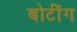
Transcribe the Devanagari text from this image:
बोटींग